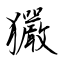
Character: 玁